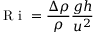
\textrm { R i } = \frac { \Delta \rho } { \rho } \frac { g h } { u ^ { 2 } }